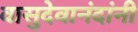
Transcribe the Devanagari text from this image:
वासुदेवानंदांनी